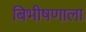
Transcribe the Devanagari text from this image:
बिभीषणाला